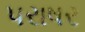
પરાષર